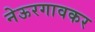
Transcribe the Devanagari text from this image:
नेऊरगावकर